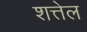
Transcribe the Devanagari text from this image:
शत्तेल